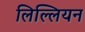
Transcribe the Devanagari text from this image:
लिल्लियन